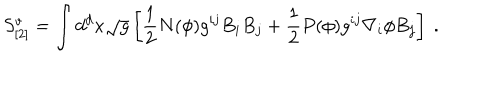
LaTeX: S _ { [ 2 ] } ^ { v } = \int d ^ { d } x \sqrt { g } \left[ \frac { 1 } { 2 } N ( \phi ) g ^ { i j } B _ { i } B _ { j } + \frac { 1 } { 2 } P ( \phi ) g ^ { i j } \nabla _ { i } \phi B _ { j } \right] ~ .